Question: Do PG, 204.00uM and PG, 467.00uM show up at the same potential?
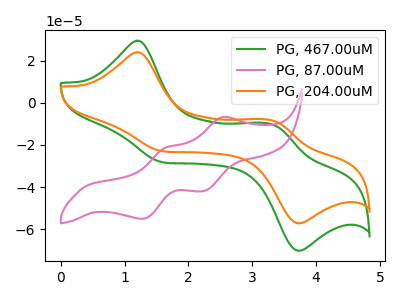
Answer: <think>The green curve "PG, 467.00uM" has anodic peaks at (1.20V, 29.40uA) (3.30V, -10.25uA) and cathodic peaks at (1.65V, -28.40uA) (3.75V, -70.15uA). The pink curve "PG, 87.00uM" has anodic peaks at (2.55V, -6.80uA) (1.65V, -21.30uA) and cathodic peaks at (2.25V, -41.85uA) (1.25V, -55.05uA). The orange curve "PG, 204.00uM" has anodic peaks at (1.20V, 23.95uA) (3.30V, -8.35uA) and cathodic peaks at (1.65V, -23.10uA) (3.75V, -57.15uA).
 All the peaks in "PG, 204.00uM" have a peak in "PG, 467.00uM" at the same potential.</think>
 <answer>"PG, 204.00uM" and "PG, 467.00uM" are similar in shape.</answer>
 <eval>same_shape</eval>